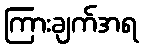
ကြားချက်အရ